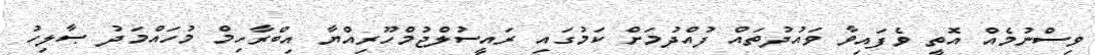
ވިސްނުމެއް އޮތީ ވެފައިވާ ވައުދުތައް ފުއްދުމަށް ކަމުގައި ރައީސުލްޖުމްހޫރިއްޔާ އިބްރާހިމް މުހައްމަދު ޞާލިހު